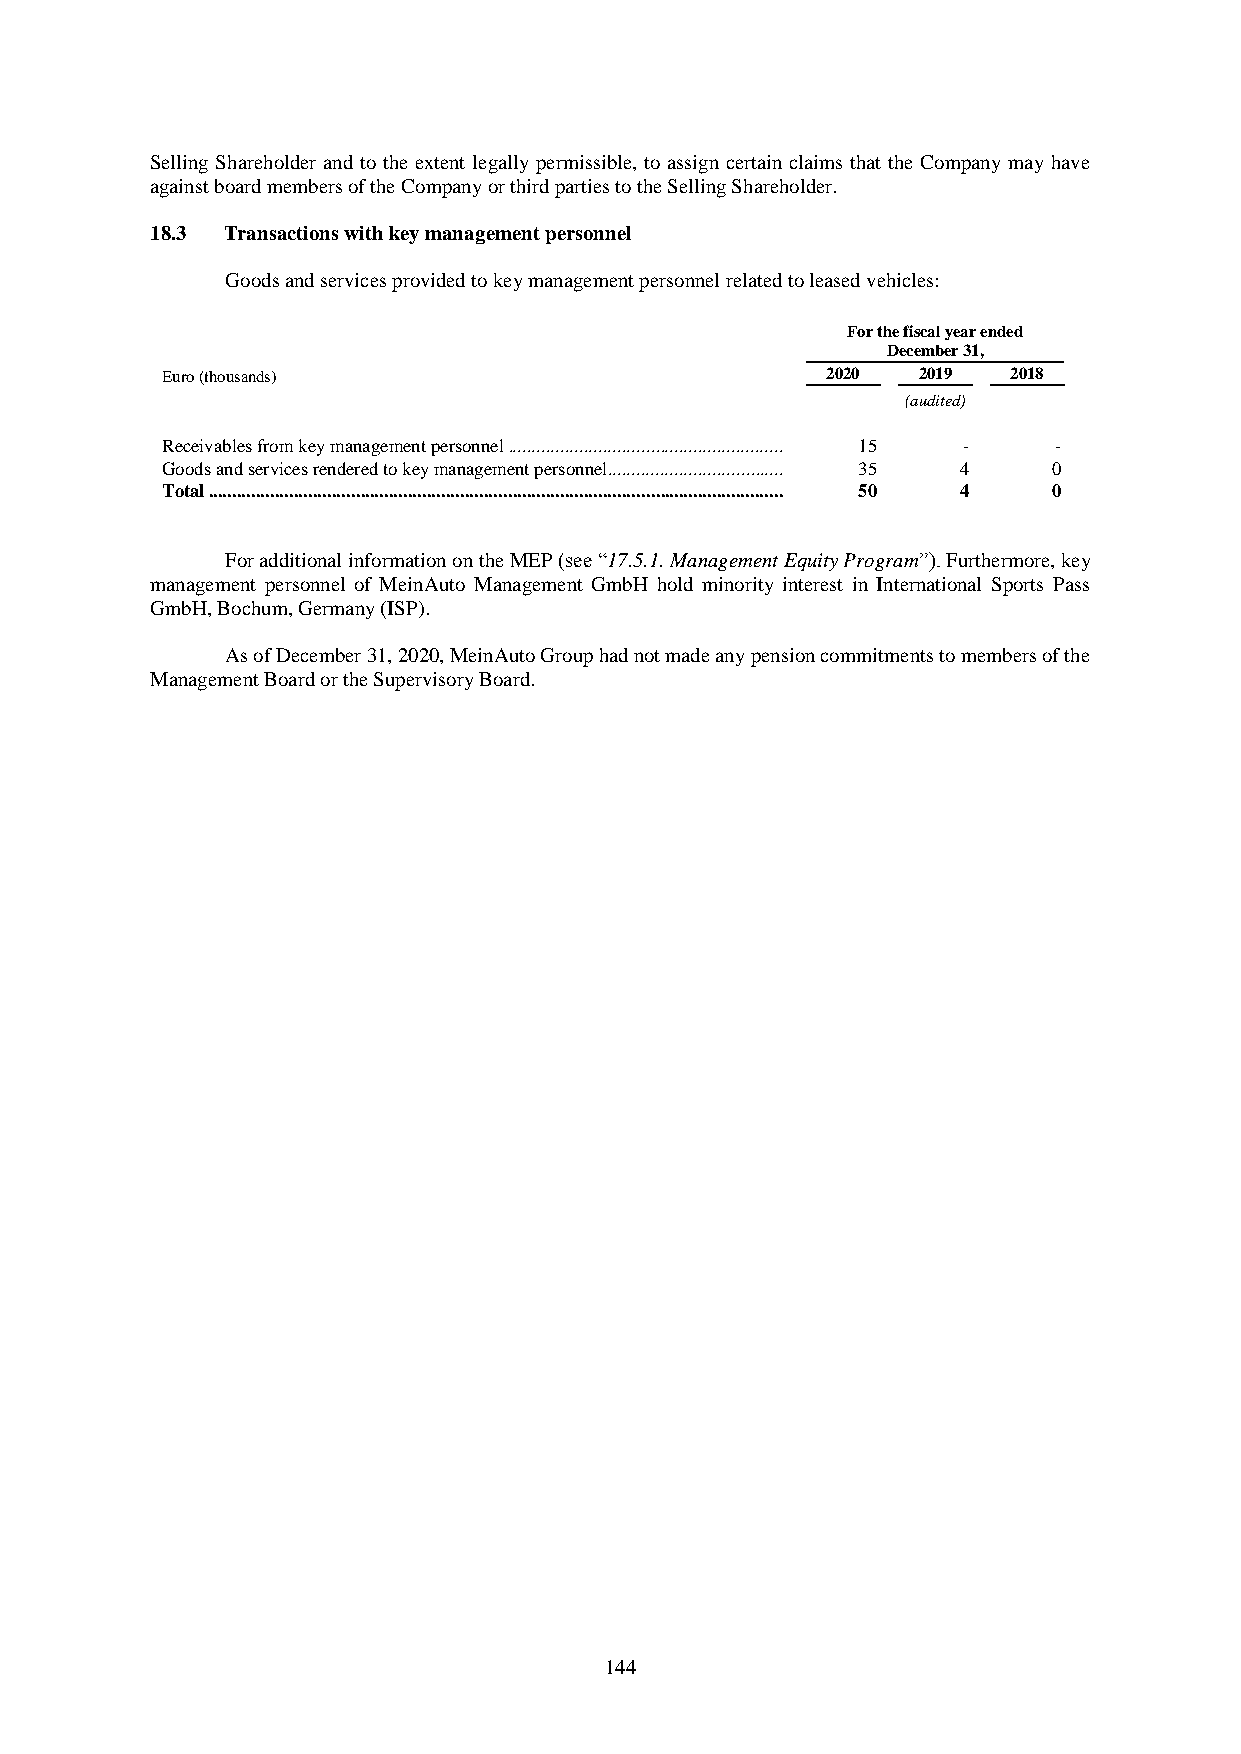
Selling Shareholder and to the extent legally permissible, to assign certain claims that the Company may have
 against board members of the Company or third parties to the Selling Shareholder.
 18.3 Transactions with key management personnel
 Goods and services provided to key management personnel related to leased vehicles:
 For the fiscal year ended
 December 31,
 Euro (thousands)                            2020  2019  2018
 (audited)
 Receivables from key management personnel .......................................................... 15 - -
 Goods and services rendered to key management personnel ..................................... 35 4 0
 Total ......................................................................................................................... 50 4 0
 For additional information on the MEP (see “17.5.1. Management Equity Program”). Furthermore, key
 management personnel of MeinAuto Management GmbH hold minority interest in International Sports Pass
 GmbH, Bochum, Germany (ISP).
 As of December 31, 2020, MeinAuto Group had not made any pension commitments to members of the
 Management Board or the Supervisory Board.
 144